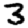
Digit: 3